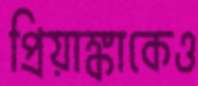
প্রিয়াঙ্কাকেও